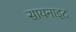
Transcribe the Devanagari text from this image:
सायनाइट